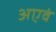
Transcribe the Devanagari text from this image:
अएवं